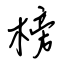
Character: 榜